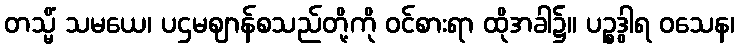
တသ္မိံ သမယေ၊ ပဌမဈာန်စသည်တို့ကို ဝင်စားရာ ထိုအခါ၌။ ပဉ္စဒွါရ ဝသေန၊